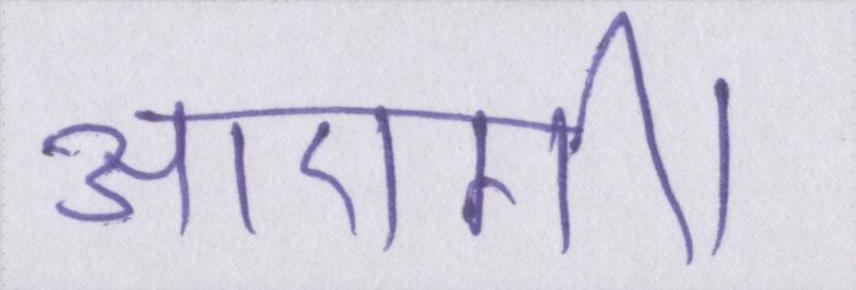
आएगी।